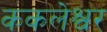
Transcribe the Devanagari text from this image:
ककलेश्वर